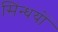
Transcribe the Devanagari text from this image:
सिंन्धयों